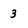
Character: 3